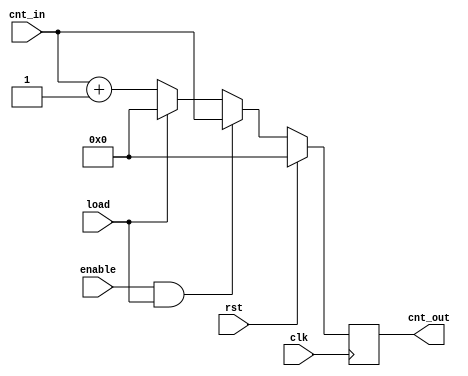
module counterc(clk,rst,enable,load,cnt_in,cnt_out);

    input wire clk;
    input wire rst;
    input wire enable;
    input wire load;
    input wire [4:0]cnt_in;

    output reg [4:0]cnt_out;

    always@(posedge clk)begin
        if(rst)begin
            cnt_out<=5'b00000;
    end
    else begin
        cnt_out <= (enable & load)? cnt_in :(load)? 5'b00000 : cnt_in +1;
    end
    end
endmodule